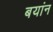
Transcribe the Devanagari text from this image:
बयांन